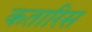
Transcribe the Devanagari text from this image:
कतारिस